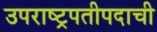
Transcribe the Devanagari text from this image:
उपराष्ट्रपतीपदाची